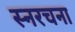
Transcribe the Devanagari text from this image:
स्नरचना